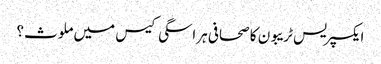
ایکسپریس ٹریبون کا صحافی ہراسگی کیس میں ملوث؟